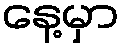
နေ့မှာ